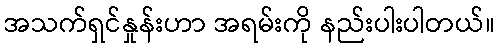
အသက်ရှင်နှုန်းဟာ အရမ်းကို နည်းပါးပါတယ်။